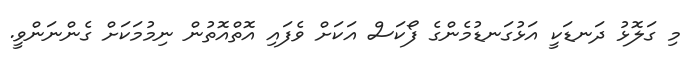
މި ގަލޮޅު ދަނޑަކީ އަޅުގަނޑުމެންގެ ފޯކަސް އަކަށް ވެފައި އޮތްއޮތުން ނިމުމަކަށް ގެންނަންވީ.